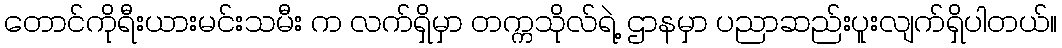
တောင်ကိုရီးယားမင်းသမီး က လက်ရှိမှာ တက္ကသိုလ်ရဲ့ ဌာနမှာ ပညာဆည်းပူးလျက်ရှိပါတယ်။